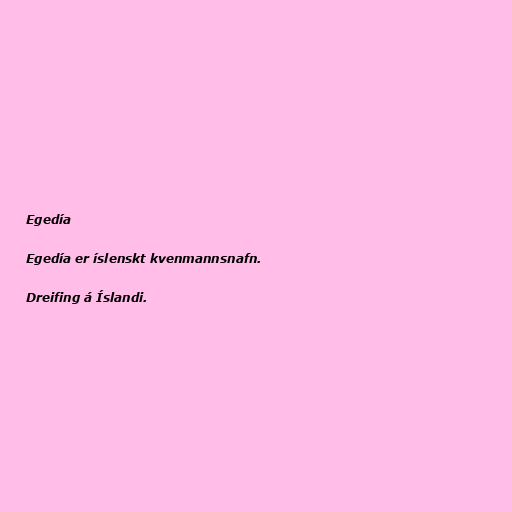
Egedía

Egedía er íslenskt kvenmannsnafn.

Dreifing á Íslandi.